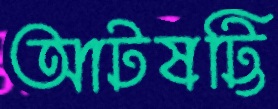
আটষট্টি